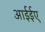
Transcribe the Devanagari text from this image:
आईईए